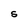
Character: S